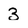
Character: 3